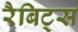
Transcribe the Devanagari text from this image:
रैबिट्स